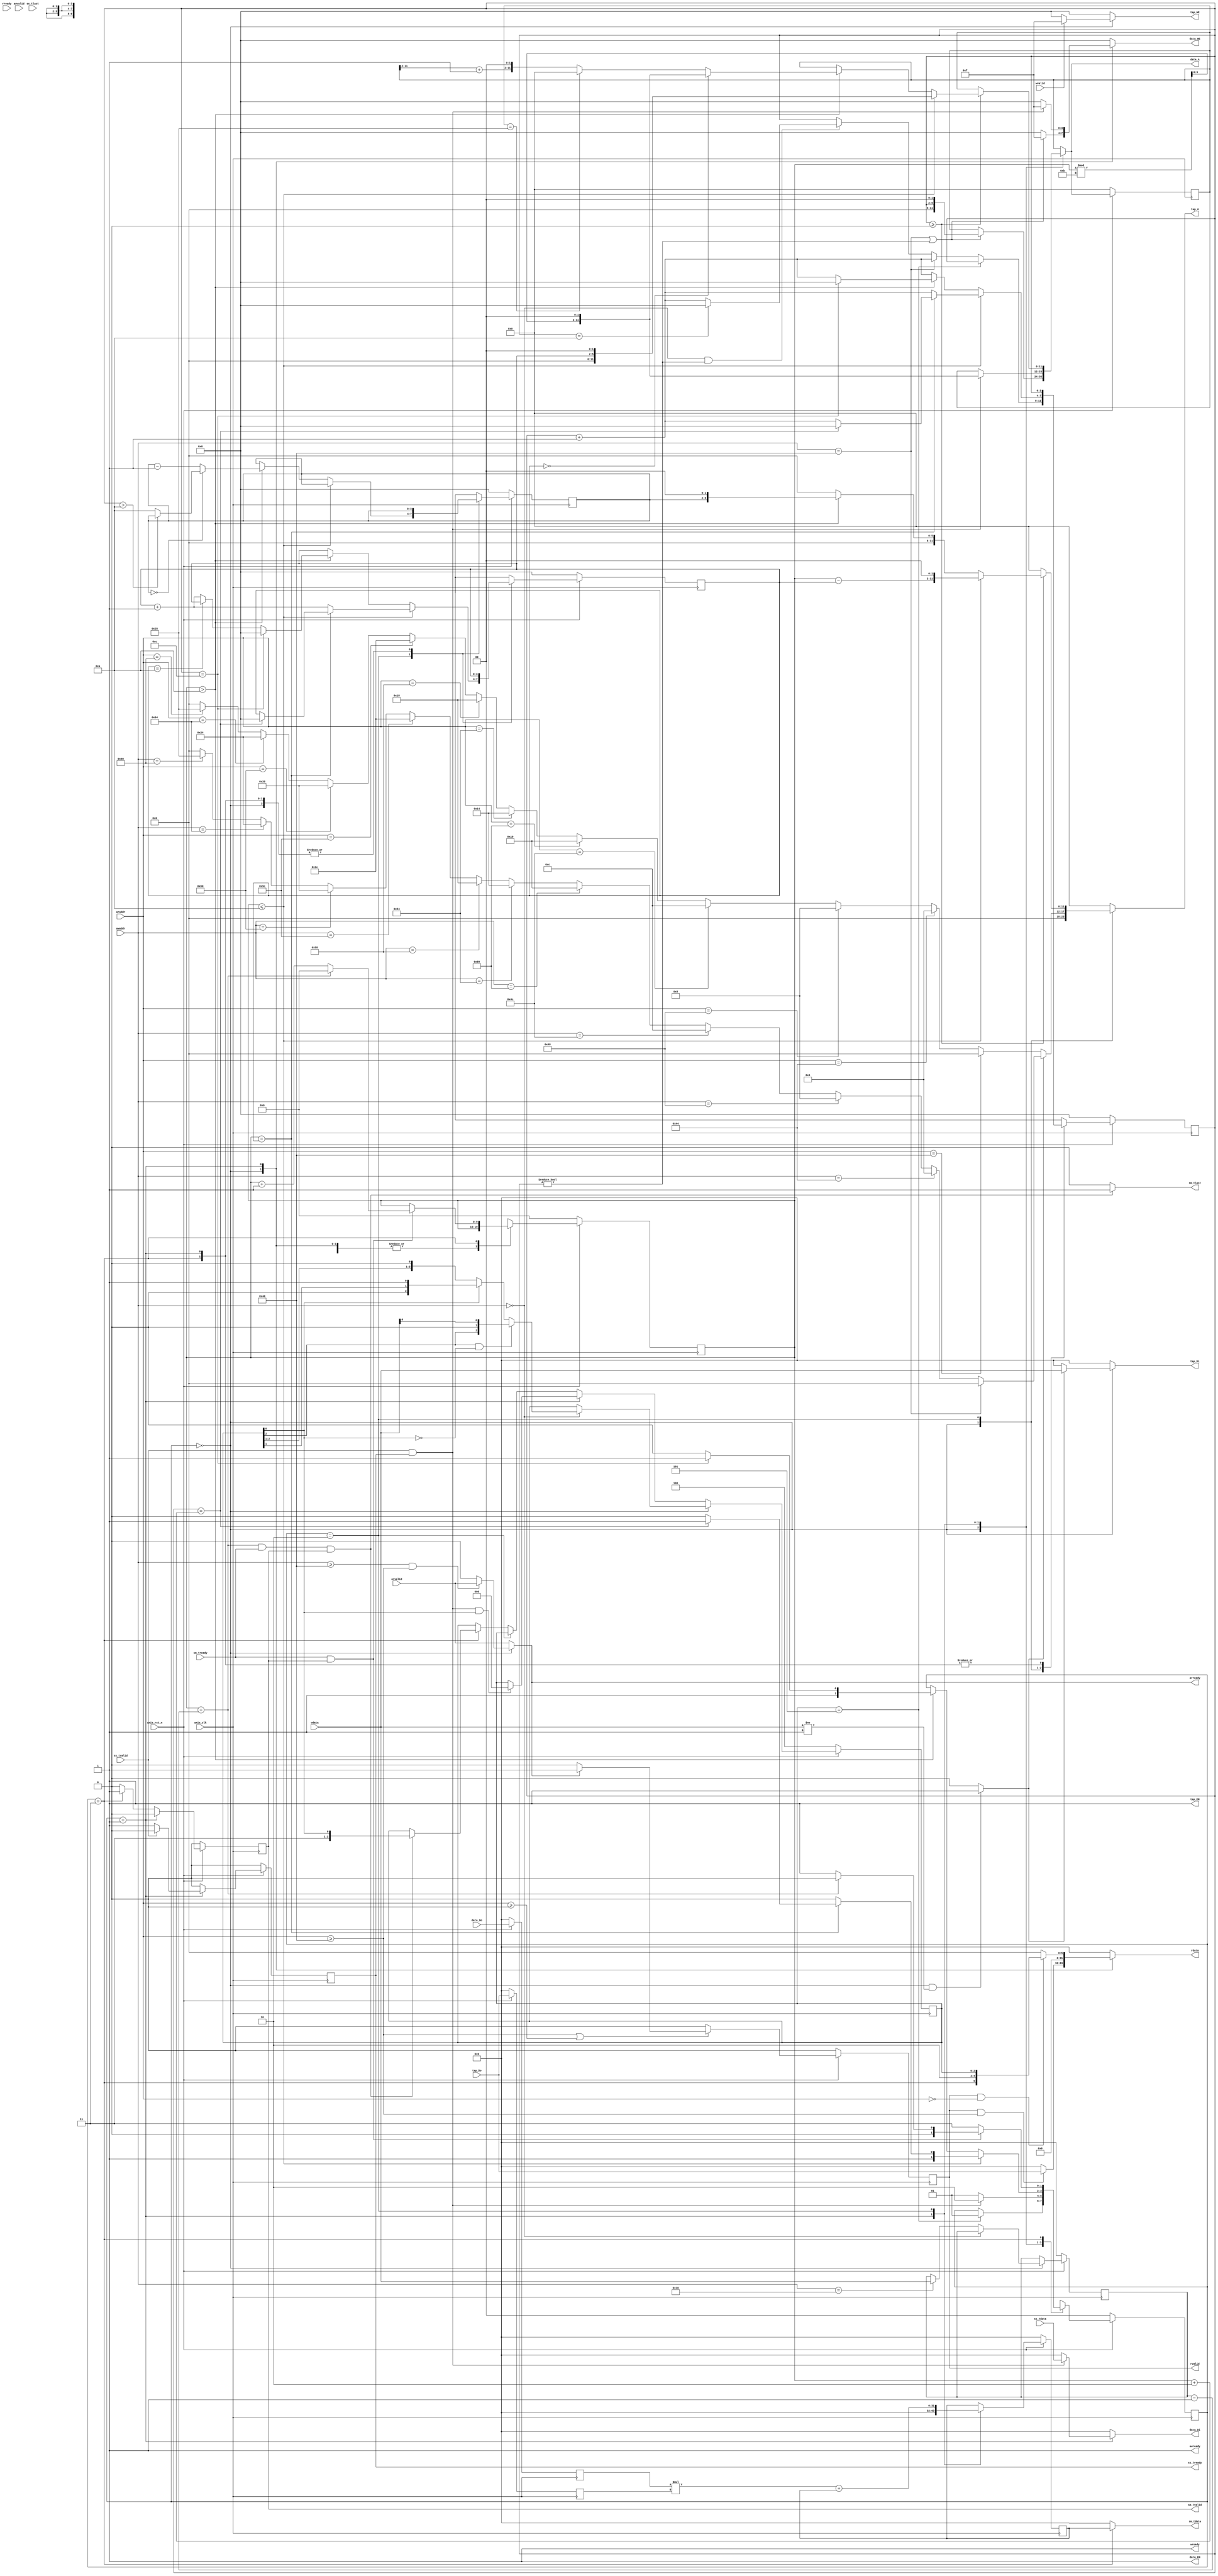
`timescale 1ns / 1ps
module fir 
#(  parameter pADDR_WIDTH = 12,
    parameter pDATA_WIDTH = 32,
    parameter Tape_Num    = 11
)
(
    output  wire                     awready,
    output  wire                     wready,
    input   wire                     awvalid,
    input   wire [(pADDR_WIDTH-1):0] awaddr,
    input   wire                     wvalid,
    input   wire [(pDATA_WIDTH-1):0] wdata,
    output  reg                      arready,
    input   wire                     rready,
    input   wire                     arvalid,
    input   wire [(pADDR_WIDTH-1):0] araddr,
    output  reg                      rvalid, 
    output  reg  [(pDATA_WIDTH-1):0] rdata,    
    input   wire                     ss_tvalid, 
    input   wire [(pDATA_WIDTH-1):0] ss_tdata, 
    input   wire                     ss_tlast, 
    output  reg                      ss_tready, 
    input   wire                     sm_tready, 
    output  reg                      sm_tvalid,  
    output  reg  [(pDATA_WIDTH-1):0] sm_tdata, 
    output  wire                     sm_tlast, 
    
    // bram for tap RAM
    output  reg  [3:0]               tap_WE,
    output  wire                     tap_EN,
    output  reg  [(pDATA_WIDTH-1):0] tap_Di,
    output  reg  [(pADDR_WIDTH-1):0] tap_A,
    input   wire [(pDATA_WIDTH-1):0] tap_Do,

    // bram for data RAM
    output  reg  [3:0]               data_WE,
    output  wire                     data_EN,
    output  reg  [(pDATA_WIDTH-1):0] data_Di,
    output  reg [(pADDR_WIDTH-1):0] data_A,
    input   wire [(pDATA_WIDTH-1):0] data_Do,

    input   wire                     axis_clk,
    input   wire                     axis_rst_n
);


    // write your code here!
    reg   [2:0]                ap_reg;
    reg   [31:0]               data_length_reg;
    reg                        Xn_ready, Yn_ready;
    wire  hey;
    
    // tap RAM wire to get coefficient based on AXI Lite 
    reg  [(pDATA_WIDTH-1):0] tap_Do_dff;

    // data RAM wire to get input based on AXI Stream
    reg  [(pADDR_WIDTH-1):0] data_A_dff;
    reg  [(pDATA_WIDTH-1):0] data_Do_dff;

    // calculate
    reg [9:0] data_out_cnt, next_data_out_cnt; 
    reg [3:0] data_acc_cnt, next_data_acc_cnt;
    reg [3:0] tap_addr_cnt, next_tap_addr_cnt;
    reg [3:0] wait_data_cnt, next_wait_data_cnt;
    reg [31:0] mul_x, mul_h;
    reg [31:0] psum, next_psum;


    // ===== phase FSM ====
    parameter SETUP=2'd0, STREAMIN_WAIT=2'd1, EXECUTION=2'd2, STREAMOUT_WAIT=2'd3;
    //CHECK=2'd2;
    reg [1:0] curr_state, next_state;

    always @ (*) begin
        next_state = curr_state;
        next_data_out_cnt = data_out_cnt;
        next_data_acc_cnt = data_acc_cnt;
        next_tap_addr_cnt = tap_addr_cnt;
        next_wait_data_cnt = wait_data_cnt;
        case(curr_state)
            SETUP: begin
                if (ap_reg == 3'b101) begin
                    next_state = STREAMIN_WAIT;
                end
                else begin
                    if (awaddr == 12'h40) begin
                        next_wait_data_cnt = wait_data_cnt + 2'd1;
                    end
                    else if (awaddr == 12'h0 && wait_data_cnt != 0) begin
                        next_wait_data_cnt = wait_data_cnt + 2'd1;
                        if (wait_data_cnt == 10) next_wait_data_cnt = 0;
                    end
                    else begin
                        next_wait_data_cnt = wait_data_cnt;
                    end
                end
            end
            STREAMIN_WAIT: begin
                next_state = (ss_tvalid && ss_tready) ? EXECUTION : STREAMIN_WAIT;
            end
            EXECUTION: begin
                next_wait_data_cnt = wait_data_cnt + 2'd1;
                if (data_out_cnt <= 10'd10) begin
                    // next_state = (wait_data_cnt == data_out_cnt + 2) ? STREAMOUT_WAIT : EXECUTION;
                    if (data_out_cnt == data_acc_cnt) begin
                        next_data_acc_cnt = data_acc_cnt;
                        // next_data_acc_cnt = 4'd0;
                        next_state = EXECUTION;
                        // next_state = STREAMOUT_WAIT;
                        next_wait_data_cnt = wait_data_cnt + 2'd1;
                        // next_wait_data_cnt = 0;
                        if (wait_data_cnt == data_out_cnt + 2) begin
                            next_data_acc_cnt = 4'd0;
                            next_state = STREAMOUT_WAIT;
                            next_wait_data_cnt = 0;
                        end
                    end
                    else begin
                        next_data_acc_cnt = data_acc_cnt + 4'd1;
                        next_state = EXECUTION;
                        next_wait_data_cnt = wait_data_cnt + 2'd1;
                        // next_wait_data_cnt = wait_data_cnt;
                    end
                end
                else if (data_out_cnt > 10'd10) begin
                    // next_data_acc_cnt = (data_acc_cnt == 4'd10) ? 
                    //                     (wait_data_cnt == 4'd12) ? 4'd0 : data_acc_cnt : 
                    //                     data_acc_cnt + 4'd1;
                    next_data_acc_cnt = (wait_data_cnt == 4'd12) ? 4'd0 : 
                                        (data_acc_cnt == 4'd10) ? data_acc_cnt : 
                                        data_acc_cnt + 4'd1;
                    next_wait_data_cnt = (wait_data_cnt == 4'd12) ? 0 : wait_data_cnt + 4'd1;
                    // next_state = (data_acc_cnt == 4'd10) ? STREAMOUT_WAIT : EXECUTION;
                    next_state = (wait_data_cnt == 4'd12) ? STREAMOUT_WAIT : EXECUTION;
                    if (tap_addr_cnt == 4'd0) begin
                        next_tap_addr_cnt = 4'd10;
                        if (wait_data_cnt > 4'd10) begin
                            next_tap_addr_cnt = tap_addr_cnt;
                        end
                    end
                    else begin
                        next_tap_addr_cnt = tap_addr_cnt - 4'd1;
                    end
                end
            end
            STREAMOUT_WAIT: begin
                next_state = (sm_tready && sm_tvalid) ? 
                             (data_out_cnt == data_length_reg -1) ? SETUP : STREAMIN_WAIT : 
                             STREAMOUT_WAIT;
                next_data_out_cnt = (sm_tvalid && sm_tready) ? 
                                    (data_out_cnt == data_length_reg -1) ? 0 : data_out_cnt + 10'd1 : data_out_cnt;
            end
        endcase
    end 
    
    always @ (posedge axis_clk) begin
        if (!axis_rst_n) begin
            curr_state <= SETUP;
            data_out_cnt <= 10'd0;
            data_acc_cnt <= 4'd0;
            psum <= 32'd0;
            tap_addr_cnt <= 4'd0;
            wait_data_cnt <= 0;
        end
        else begin
            curr_state <= next_state;
            data_out_cnt <= next_data_out_cnt;
            data_acc_cnt <= next_data_acc_cnt;
            tap_addr_cnt <= next_tap_addr_cnt;
            wait_data_cnt <= next_wait_data_cnt;
            psum <= next_psum;
        end
    end

    // put ap control and data length in register
    always @ (posedge axis_clk) begin
        if (!axis_rst_n) begin
            ap_reg          <= 3'b100;
            data_length_reg <= 32'd0;
        end
        else if (curr_state == SETUP) begin
            ap_reg          <= ap_reg;
            data_length_reg <= data_length_reg;
            if (awaddr == 12'h00) begin
                if (ap_reg[2] == 1'b1 && ap_reg[0] == 1'b0) ap_reg <= {ap_reg[2], 1'b0, wdata[0]};
                else if (ap_reg[0] == 1'b1) ap_reg <= {1'b0, ap_reg[1:0]};
            end
            else if (awaddr == 12'h10) begin
                // ap_reg          <= ap_reg;
                data_length_reg <= wdata;
            end
        end
        else if (curr_state == STREAMIN_WAIT) begin
            if (ss_tvalid && ss_tready && ap_reg[0] == 1) begin
                ap_reg <= {2'd0, 1'd0};
            end else begin
                ap_reg <= ap_reg;
            end
        end
        else if (curr_state == EXECUTION) begin
            ap_reg          <= ap_reg;
            data_length_reg <= data_length_reg;
        end
        else if (curr_state == STREAMOUT_WAIT) begin
            if (data_out_cnt == data_length_reg -1 && sm_tready && sm_tvalid) begin
                ap_reg <= {1'b1,1'b1,ap_reg[0]};
            end
        end
    end

    // stream in and stream out ready signal put in ap control register
    always @(*) begin
        Xn_ready = (curr_state == STREAMIN_WAIT);
        Yn_ready = (curr_state == STREAMOUT_WAIT);
    end

    //controll rdata to check by testbench, include three ap control in addr 12'h00 and tap parameter at 12'd32 ~ 12'd72
    //rdata relate with rvalid is high and arvalid, araddr, rready prepared from testbench
    always @(*) begin
        case(curr_state)
            SETUP: begin
                rdata = (rvalid && araddr >= 12'h40) ? tap_Do : 32'd0;
            end
            STREAMIN_WAIT: begin
                rdata = (rvalid && araddr == 12'h00) ? {26'b0, Yn_ready, Xn_ready, 1'b0, ap_reg[2:0]} : 32'd0;
            end
            default: rdata = 0;
        endcase
    end
    // control tap, ap read signal: arvalid, araddr, rready is controlled by testbench &&
    //                              arready, rvalid controlled by us
    always @(*) begin
        if (curr_state == SETUP) begin
            arready = (awaddr >= 12'h40 && araddr >= 12'h40) ? arvalid : 1'd0;
        end
        else begin
            arready = (arvalid);
        end
    end
    always @ (posedge axis_clk) begin
        if (!axis_rst_n) begin
            rvalid  <= 1'd0;
        end
        else begin
            rvalid  <= 1'd0;
            if (araddr >= 12'h40  || araddr >= 12'h00) begin
                rvalid  <= (arready) ? 1'd1 : 1'd0;
            end
        end
    end

    // control tap, ap, datalength write signal: awvalid, awaddr, wvalid is controlled by testbench &&
    //                                           awready, wready controlled by us
    assign awready = 1'd1;
    assign wready  = 1'd1;

    // in the SETUP state, we accept 11 tap and need to put them in tap RAM
    //                     after put tap, we read from tap RAM to check with testbench
    // in the EXECUTION state, we only need to access with tap RAM to compute output 
    assign tap_EN  = 1'd1;
    // control tap_A
    assign hey     = (curr_state == SETUP && wdata != 1) ? 1'd1 : 1'd0;
    always @ (posedge axis_clk) begin
        if (!axis_rst_n) begin
            tap_Do_dff <= 0;
        end
        else begin
            tap_Do_dff <= tap_Do;
        end
    end
    always @(*) begin
        tap_WE = 4'b0000;
        tap_Di = 32'd0;
        tap_A = 11'd0;
        case (curr_state)
            // write/read tap from testbench/tap RAM to tap RAM/testbench
            SETUP: begin
                tap_WE = (wvalid) ? 4'b1111 : 4'b0000;
                if (hey) begin
                    tap_Di = $signed(wdata);
                    tap_A = (awaddr == 12'h40) ? 11'd0 : 
                            (awaddr == 12'h44) ? 11'd4 :
                            (awaddr == 12'h48) ? 11'd8 :
                            (awaddr == 12'h4c) ? 11'd12 :
                            (awaddr == 12'h50) ? 11'd16 :
                            (awaddr == 12'h54) ? 11'd20 :
                            (awaddr == 12'h58) ? 11'd24 :
                            (awaddr == 12'h5c) ? 11'd28 :
                            (awaddr == 12'h60) ? 11'd32 :
                            (awaddr == 12'h64) ? 11'd36 :
                            (awaddr == 12'h68) ? 11'd40 : 11'd0;
                end 
                else begin
                    tap_Di = 32'd0;
                    tap_A = (araddr == 12'h40) ? 11'd0 : 
                            (araddr == 12'h44) ? 11'd4 :
                            (araddr == 12'h48) ? 11'd8 :
                            (araddr == 12'h4c) ? 11'd12 :
                            (araddr == 12'h50) ? 11'd16 :
                            (araddr == 12'h54) ? 11'd20 :
                            (araddr == 12'h58) ? 11'd24 :
                            (araddr == 12'h5c) ? 11'd28 :
                            (araddr == 12'h60) ? 11'd32 :
                            (araddr == 12'h64) ? 11'd36 :
                            (araddr == 12'h68) ? 11'd40 : 11'd0;
                end
            end
            // read tap from tap RAM to compute
            EXECUTION: begin
                tap_WE = 4'b0000;
                if (wait_data_cnt >= 2'd0) begin
                    if (data_out_cnt <= 10'd10) begin
                        tap_A = (data_out_cnt - data_acc_cnt) << 2'd2;
                    end
                    else if (data_out_cnt > 10'd10) begin
                        tap_A = tap_addr_cnt << 2'd2;
                    end
                end
            end
        endcase
    end
    // control ss signal, which ss_tvalid, ss_tdata, ss_tlast prepare by testbench
    //                    ss_tlast assert when after read ap idle is 0, and then transfer final input data
    //                    ss_tready to ensure we can get data
    // control sm signal, which sm_tvalid, sm_tdata, sm_tlast prepare by us
    //                    sm_tlast assert when sm_tdata is final output
    //                    sm_tready prepare by testbench
    // assign sm_tlast = (data_out_cnt == 10'd600 && data_acc_cnt == 4'd2) ? 1'b1 : 1'b0;
    assign sm_tlast = (data_out_cnt == data_length_reg -1 && sm_tready && sm_tvalid) ? 1'b1 : 1'b0;
    always @(*) begin
        if (curr_state == STREAMOUT_WAIT) begin
            sm_tdata = psum;
        end
        else begin
            sm_tdata = 0;
        end
    end
    always @ (posedge axis_clk) begin
        if (!axis_rst_n) begin
            ss_tready <= 1'b0;
            sm_tvalid <= 1'b0;
        end
        else if (curr_state == STREAMIN_WAIT) begin
            ss_tready <= (ss_tvalid) ? 1'b0 : 1'b1;
            sm_tvalid <= 1'b0;
        end
        else if (curr_state == STREAMOUT_WAIT) begin
            ss_tready <= 1'b0;
            sm_tvalid <= 1'b1;
        end
        else begin
            ss_tready <= 1'b0;
            sm_tvalid <= 1'b0;
        end
    end
    // in the SETUP state, we accept 11 input data and need to put them in data RAM
    // in the EXECUTION state, at the first, we need to access with data RAM to compute output
    //                         after compute 11 output, we need to accept new input data and put them in data RAM & do computation
    assign data_EN  = 1'd1;
    always @ (posedge axis_clk) begin
        if (!axis_rst_n) begin
            data_A_dff <= 11'd0;
            data_Do_dff <= 0;
        end
        else begin
            data_A_dff <= data_A;
            data_Do_dff <= data_Do;
        end
    end
    always @(*) begin
        data_Di = 0;
        data_A = data_A_dff;
        data_WE = 4'b0000;
        case (curr_state)
            SETUP: begin
                if (awaddr == 12'h40 || wait_data_cnt != 0) begin
                    data_WE = 4'b1111;
                    data_A = wait_data_cnt << 2'd2;
                    data_Di = 0;
                end
            end
            STREAMIN_WAIT: begin
                if (ss_tvalid && ss_tready) begin
                    data_Di = $signed(ss_tdata);
                    data_A = (data_out_cnt % 11) << 2'd2;
                    data_WE = 4'b1111;
                end
            end
            EXECUTION: begin
                // data_WE = (ss_tready) ? 4'b1111 : 4'b0000;
                data_WE = 4'b0000;
                if (wait_data_cnt >= 2'd0) begin
                    if (data_out_cnt <= 10'd10) begin
                        data_A = data_acc_cnt << 2'd2;
                        data_Di = 0;
                    end
                    else if (data_out_cnt > 10'd10) begin
                        data_Di = 0;
                        
                        if (data_acc_cnt == 4'd0) begin
                            data_A = (data_out_cnt % 11) << 2'd2;
                        end
                        else begin
                            data_A = ((data_A_dff >> 2'd2)+1'd1) << 2'd2;
                            if (data_A_dff == 11'd40) begin
                                data_A = 11'd0;
                            end
                        end
                    end
                end 
            end
        endcase
    end
    // control multi and add
    always @(*) begin
        next_psum = psum;
        mul_x = 0;
        mul_h = 0;
        case (curr_state)
            STREAMIN_WAIT: begin
                next_psum = 0;
            end
            EXECUTION: begin
                mul_x = data_Do_dff;
                mul_h = tap_Do_dff;
                next_psum = mul_x * mul_h + psum;
            end
        endcase
    end    
endmodule